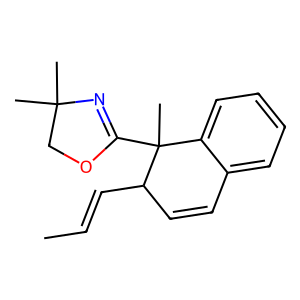
SMILES: CC=CC1C=Cc2ccccc2C1(C)C1=NC(C)(C)CO1
Inhibits HIV replication: No